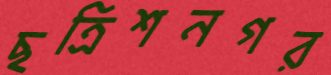
ছত্রিশনগর